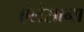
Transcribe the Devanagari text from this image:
ऐलेसाना